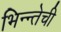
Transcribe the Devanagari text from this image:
भिन्न्तेची